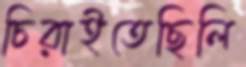
চিরাইতেছিলি